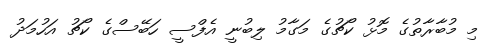
މި މުބާރާތުގެ މޮޅު ކޯޗުގެ މަގާމު ލިބުނީ އެފްސީ ހަބޭސްގެ ކޯޗު އަހުމަދު